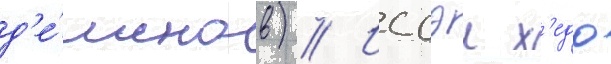
д'е́монов) // Иссэи х'едо